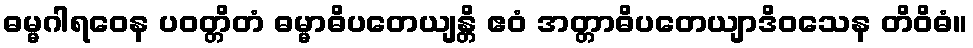
ဓမ္မဂါရဝေန ပဝတ္တိတံ ဓမ္မာဓိပတေယျန္တိ ဧဝံ အတ္တာဓိပတေယျာဒိဝသေန တိဝိဓံ။